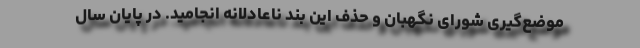
موضع‌گیری شورای نگهبان و حذف این بند ناعادلانه انجامید. در پایان سال